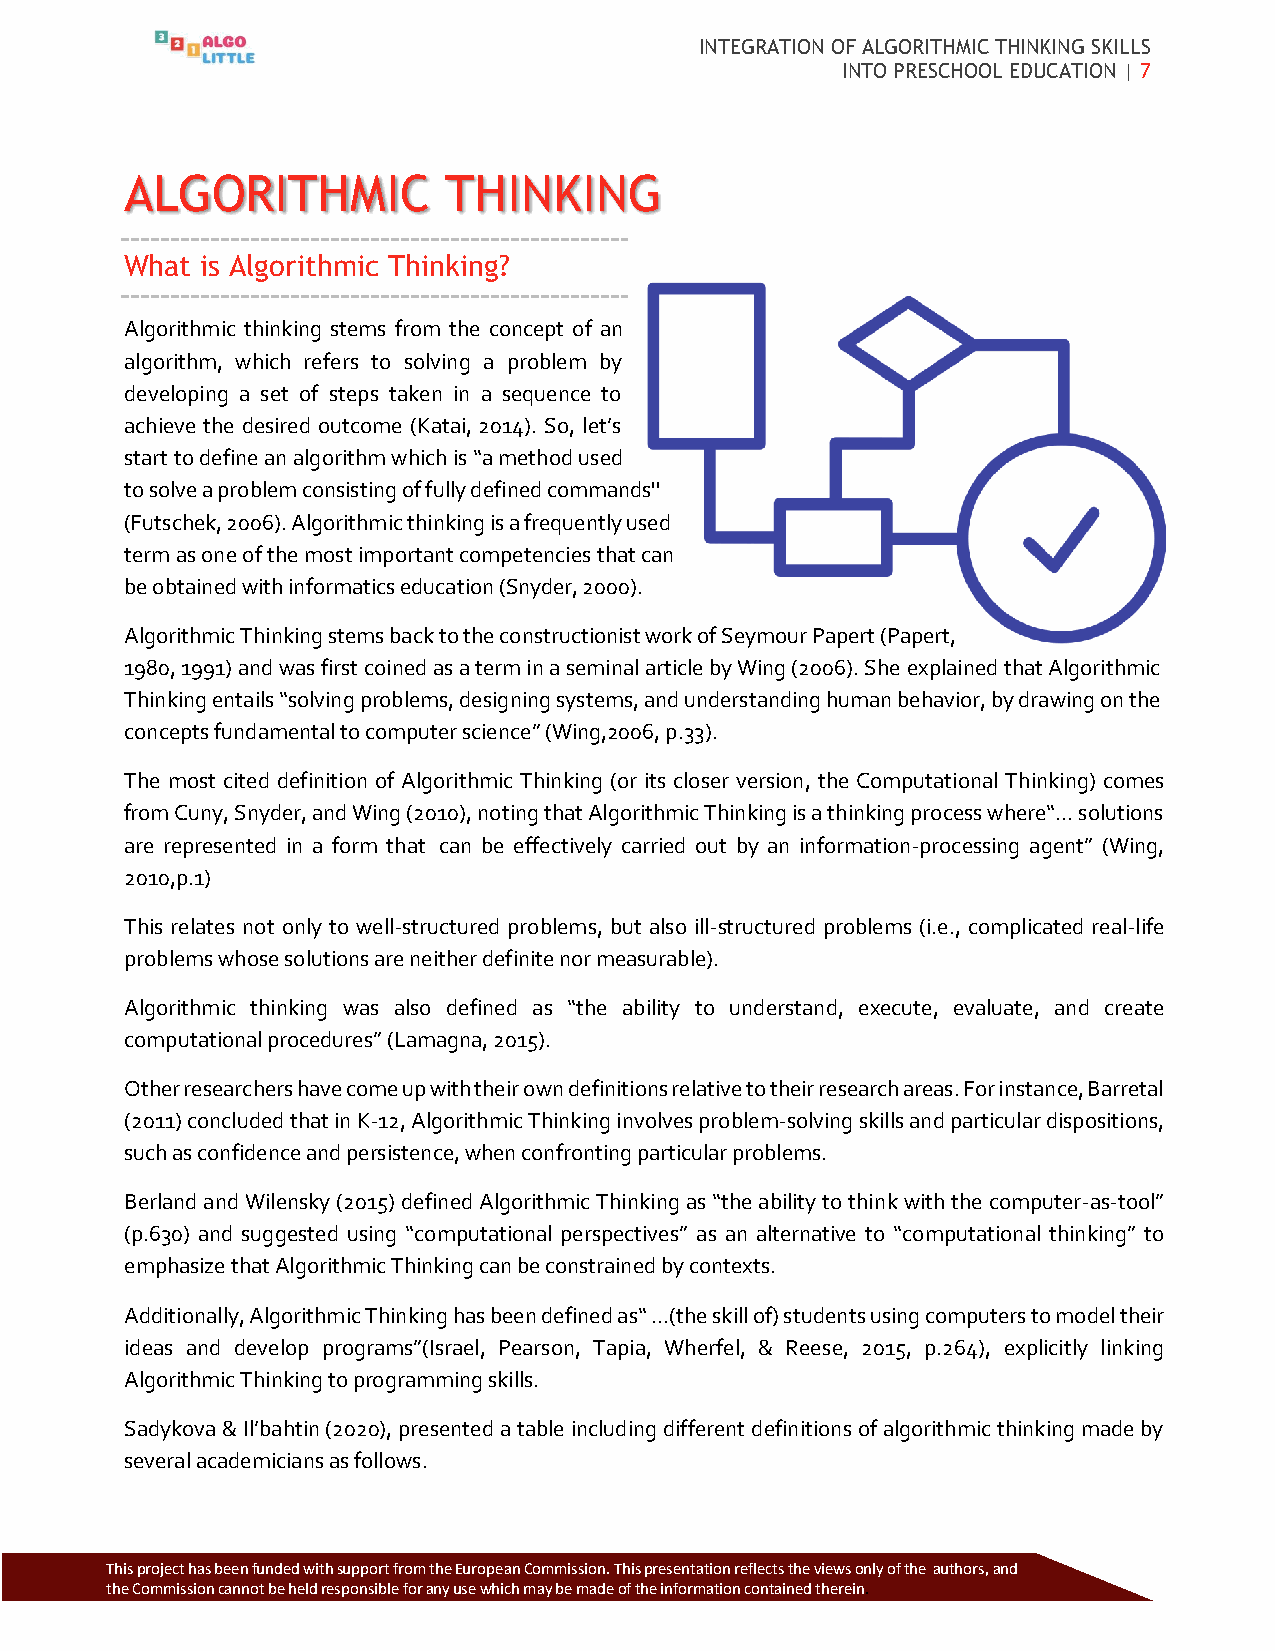
INTEGRATION OF ALGORITHMIC THINKING SKILLS
 INTO PRESCHOOL EDUCATION | 7
 ALGORITHMIC          THINKING
 What is Algorithmic Thinking?
 Algorithmic thinking stems from the concept of an
 algorithm, which refers to solving a problem by
 developing a set of steps taken in a sequence to
 achieve the desired outcome (Katai, 2014). So, let’s
 start to define an algorithm which is “a method used
 to solve a problem consisting of fully defined commands''
 (Futschek, 2006). Algorithmic thinking is a frequently used
 term as one of the most important competencies that can
 be obtained with informatics education (Snyder, 2000).
 Algorithmic Thinking stems back to the constructionist work of Seymour Papert (Papert,
 1980, 1991) and was first coined as a term in a seminal article by Wing (2006). She explained that Algorithmic
 Thinking entails “solving problems, designing systems, and understanding human behavior, by drawing on the
 concepts fundamental to computer science” (Wing,2006, p.33).
 The most cited definition of Algorithmic Thinking (or its closer version, the Computational Thinking) comes
 from Cuny, Snyder, and Wing (2010), noting that Algorithmic Thinking is a thinking process where“... solutions
 are represented in a form that can be effectively carried out by an information-processing agent” (Wing,
 2010,p.1)
 This relates not only to well-structured problems, but also ill-structured problems (i.e., complicated real-life
 problems whose solutions are neither definite nor measurable).
 Algorithmic thinking was also defined as “the ability to understand, execute, evaluate, and create
 computational procedures” (Lamagna, 2015).
 Other researchers have come up with their own definitions relative to their research areas. For instance, Barretal
 (2011) concluded that in K-12, Algorithmic Thinking involves problem-solving skills and particular dispositions,
 such as confidence and persistence, when confronting particular problems.
 Berland and Wilensky (2015) defined Algorithmic Thinking as “the ability to think with the computer-as-tool”
 (p.630) and suggested using “computational perspectives” as an alternative to “computational thinking” to
 emphasize that Algorithmic Thinking can be constrained by contexts.
 Additionally, Algorithmic Thinking has been defined as“ ...(the skill of) students using computers to model their
 ideas and develop programs”(Israel, Pearson, Tapia, Wherfel, & Reese, 2015, p.264), explicitly linking
 Algorithmic Thinking to programming skills.
 Sadykova & Il’bahtin (2020), presented a table including different definitions of algorithmic thinking made by
 several academicians as follows.
 Thi s project has been funded with support from the European Commission. This p resentation reflects the views only of the authors, and
 the Commission cannot be held responsible for any use which may be made of the information contained therein.